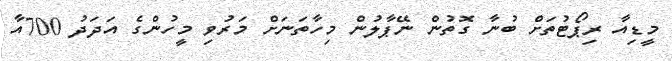
މީޑިއާ ރިޕޯޓުތަށް ބުނާ ގޮތުން ނޭޕާލުން މިހާތަނަށް މަރުވި މީހުންގެ އަދަދު 700އާ